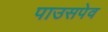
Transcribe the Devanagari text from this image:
पाउसपेव